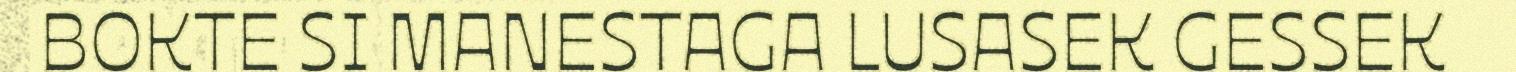
BOKTE SI MANESTAGA LUSASEK GESSEK